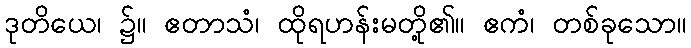
ဒုတိယေ၊ ၌။ ဧတာသံ၊ ထိုရဟန်းမတို့၏။ ဧကံ၊ တစ်ခုသော။